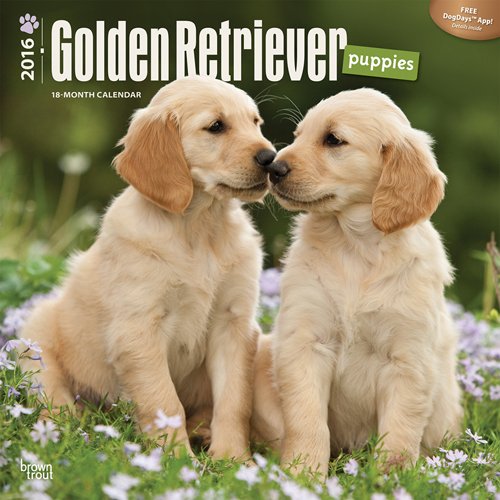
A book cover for Golden Retriever Puppies 2016 Square 12x12; Browntrout Publishers; Calendars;